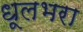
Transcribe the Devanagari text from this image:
धूलभरा